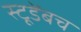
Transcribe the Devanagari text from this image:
स्टूडेंबच